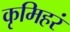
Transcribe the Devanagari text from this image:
कृमिहरं